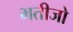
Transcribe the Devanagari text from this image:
भतीजो